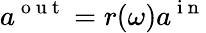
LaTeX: a^{\mathrm{~o~u~t~}}=r(\omega)a^{\mathrm{~i~n~}}